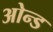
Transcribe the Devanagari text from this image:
ओन्ड